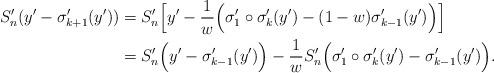
LaTeX: \begin{align*}S_n'(y' - \sigma_{k+1}'(y')) &= S_n'\Big[ y' - \frac{1}{w} \Big( \sigma'_1 \circ \sigma'_k(y') - (1-w) \sigma_{k-1}'(y') \Big) \Big] \\&= S_n' \Big(y'- \sigma_{k-1}'(y') \Big) - \frac{1}{w} S_n' \Big( \sigma'_1 \circ \sigma'_k(y') - \sigma_{k-1}'(y') \Big).\end{align*}